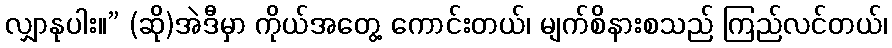
လျှာနုပါး။” (ဆို)အဲဒီမှာ ကိုယ်အတွေ့ ကောင်းတယ်၊ မျက်စိနားစသည် ကြည်လင်တယ်၊